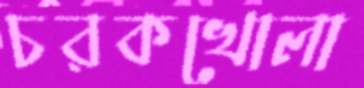
চরকখোলা